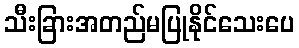
သီးခြားအတည်မပြုနိုင်သေးပေ